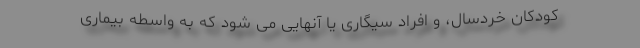
کودکان خردسال، و افراد سیگاری یا آنهایی می شود که به واسطه بیماری